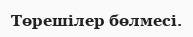
Төрешілер бөлмесі.